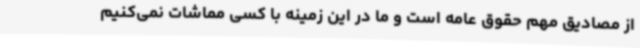
از مصادیق مهم حقوق عامه است و ما در این زمینه با کسی مماشات نمی‌کنیم